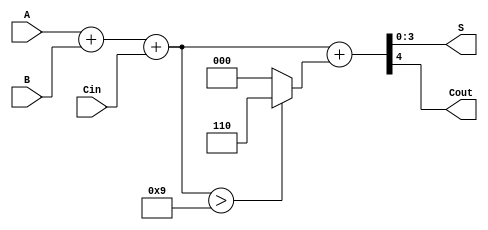
module BCD_Ripple_Carry_Adder (
    input wire [3:0] A,     // First BCD digit
    input wire [3:0] B,     // Second BCD digit
    input wire Cin,         // Carry-in (typically 0)
    output reg [3:0] S,     // BCD sum output
    output reg Cout         // Carry-out
);
    wire [4:0] partial_sum; // 5 bits to accommodate possible carry
    wire [4:0] corrected_sum; // 5 bits for the corrected sum
    wire correction_needed;

    // Step 1: Compute preliminary sum
    assign partial_sum = A + B + Cin;

    // Step 2: Check if correction is needed
    assign correction_needed = (partial_sum > 4'd9);

    // Step 3: Compute the corrected sum if needed
    assign corrected_sum = partial_sum + (correction_needed ? 5'd6 : 5'd0);

    // Step 4: Assign outputs
    always @(*) begin
        S = corrected_sum[3:0]; // Take the lower 4 bits as the sum
        Cout = corrected_sum[4]; // The 5th bit indicates carry out
    end

endmodule